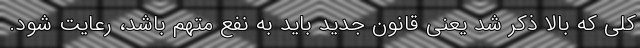
کلی که بالا ذکر شد یعنی قانون جدید باید به نفع متهم باشد، رعایت شود.